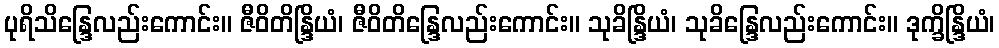
ပုရိသိန္ဒြေလည်းကောင်း။ ဇီဝိတိန္ဒြိယံ၊ ဇီဝိတိန္ဒြေလည်းကောင်း။ သုခိန္ဒြိယံ၊ သုခိန္ဒြေလည်းကောင်း။ ဒုက္ခိန္ဒြိယံ၊